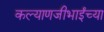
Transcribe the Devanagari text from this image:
कल्याणजीभाईंच्या